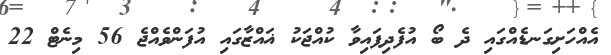
އެއްހަށިގަނޑެއްގައި ދެ ބޯ އުފެދިފައިވާ ކުއްޖަކު ޣައްޒާގައި އުފަންވެއްޖެ 56 މިނެޓް 22